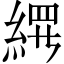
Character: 𬗢